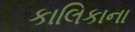
કાલિકાના